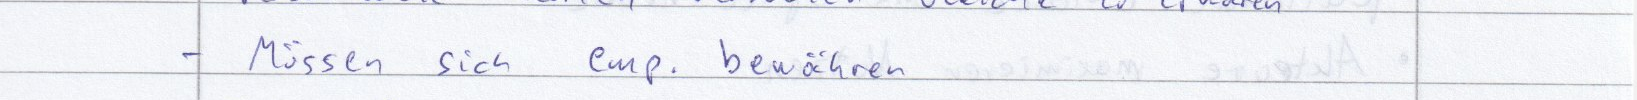
- Müssen sich emp. bewähren